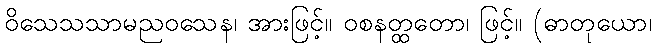
ဝိသေသသာမညဝသေန၊ အားဖြင့်။ ဝစနတ္ထတော၊ ဖြင့်။ (ဓာတုယော၊